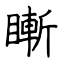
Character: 䁪